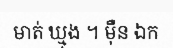
មាត់ ឃ្មុង ។ ម៉ឺន ឯក